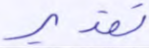
تقدير